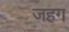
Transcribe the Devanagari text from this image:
जहग